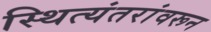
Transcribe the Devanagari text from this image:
स्थित्यंतरांवरून